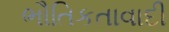
ભૌતિકતાવાદી